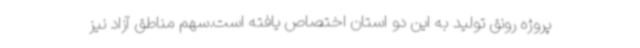
پروژه رونق تولید به این دو استان اختصاص یافته است.سهم مناطق آزاد نیز